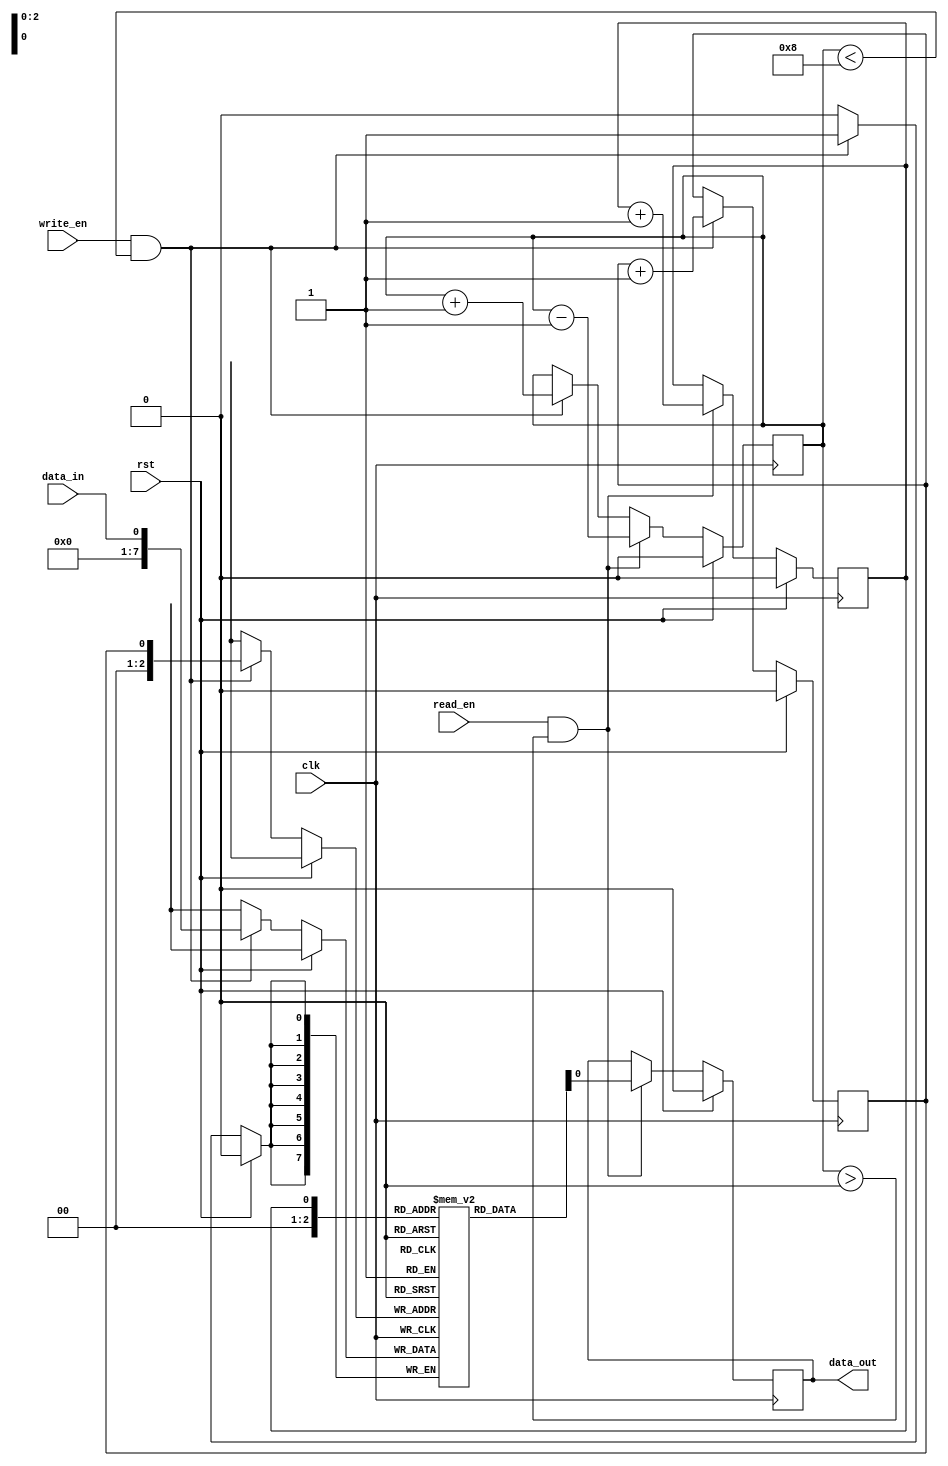
module CircularFIFO (
    input clk,
    input rst,
    input data_in,
    input write_en,
    input read_en,
    output reg data_out
);

parameter FIFO_SIZE = 8;
reg [7:0] fifo [0:FIFO_SIZE-1];
reg head = 0;
reg tail = 0;
reg count = 0;

always @(posedge clk) begin
    if (rst) begin
        head <= 0;
        tail <= 0;
        count <= 0;
        data_out <= 0;
    end else begin
        if (write_en && count < FIFO_SIZE) begin
            fifo[tail] <= data_in;
            tail <= (tail == FIFO_SIZE-1) ? 0 : tail + 1;
            count <= count + 1;
        end
        
        if (read_en && count > 0) begin
            data_out <= fifo[head];
            head <= (head == FIFO_SIZE-1) ? 0 : head + 1;
            count <= count - 1;
        end
    end
end

endmodule